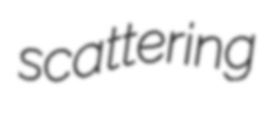
scattering